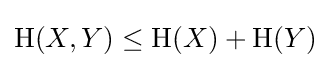
\mathrm {H} (X,Y)\leq \mathrm {H} (X)+\mathrm {H} (Y)